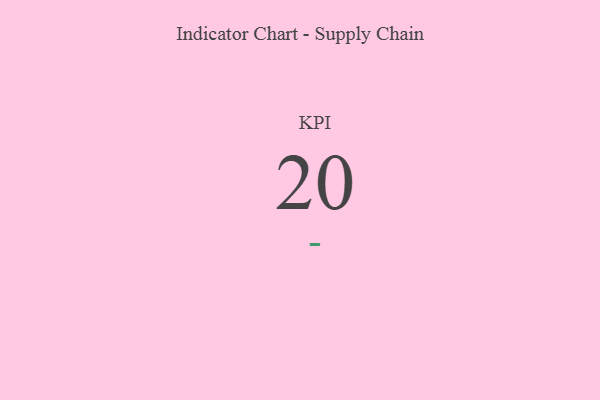
{"axis": {"x": "KPI", "y": "Value"}, "legend": [""], "data": [{"x": "KPI", "y": 20, "type": ""}]}